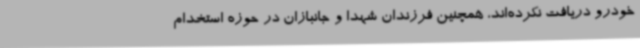
خودرو دریافت نکرده‌اند، همچنین فرزندان شهدا و جانبازان در حوزه استخدام